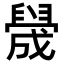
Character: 𬛻